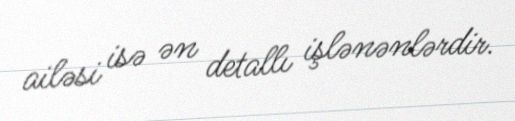
ailəsi isə ən detallı işlənənlərdir.